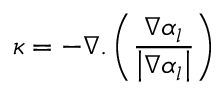
\kappa = - \nabla . \left( \frac { \nabla \alpha _ { l } } { \left| \nabla \alpha _ { l } \right| } \right)